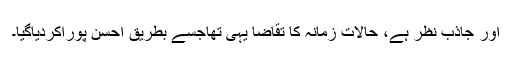
اور جاذب نظر ہے، حالات زمانہ کا تقاضا یہی تھاجسے بطریقِ احسن پوراکردیاگیا۔